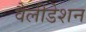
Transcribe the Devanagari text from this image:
वैलीडेशन